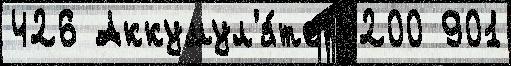
426 Аккумул'я́тор 200 901